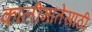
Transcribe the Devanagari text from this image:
कालीमातेसाठी